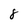
Character: 8